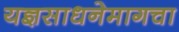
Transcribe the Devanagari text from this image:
यज्ञसाधनेमागचा